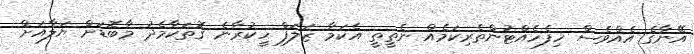
އޭނާގެ އެއްވެސް ހިފެހެއްޓުންތެރިކަމެއް ނެތީތީ އެކަމާ ޒަލަފް ހީކުރާނެ ގޮތަކާމެދު މާބޮޑަށް ޔަލާއަށް